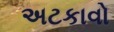
અટકાવો